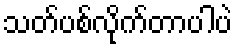
သတ်ပစ်လိုက်တာပါပဲ